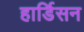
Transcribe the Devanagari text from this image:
हार्डिसन